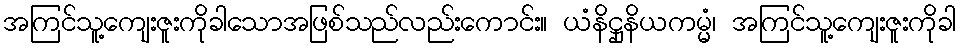
အကြင်သူ့ကျေးဇူးကိုခါသောအဖြစ်သည်လည်းကောင်း။ ယံနိဋ္ဌုနိယကမ္မံ၊ အကြင်သူ့ကျေးဇူးကိုခါ